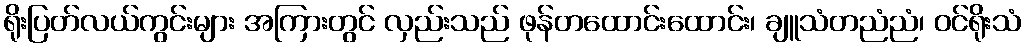
ရိုးပြတ်လယ်ကွင်းများ အကြားတွင် လှည်းသည် ဖုန်တထောင်းထောင်း၊ ချူသံတညံညံ၊ ဝင်ရိုးသံ